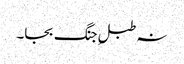
نہ طبلِ جنگ بجا۔